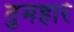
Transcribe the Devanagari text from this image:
तुमहारे